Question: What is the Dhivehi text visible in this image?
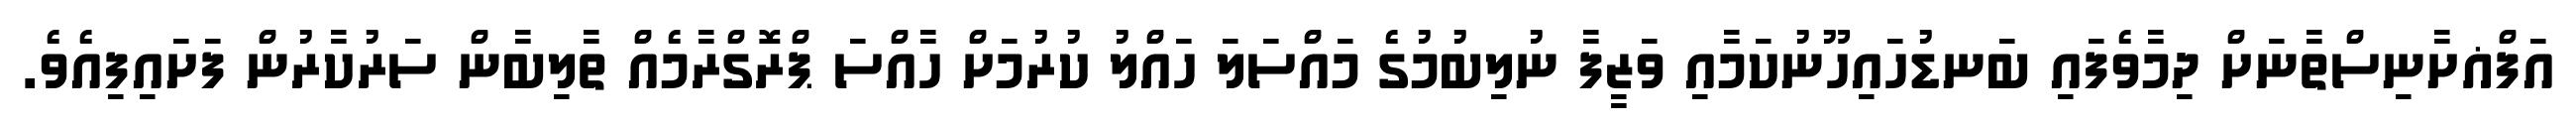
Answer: އަފްޣށާނިސްތާނަށް ދިމާވެފައި ބަނޑުހައިހޫނުކަމާއި ވަޒީފާ ނުލިބުމުގެ މައްސަލަ ހައްލު ކުރުމަށް ހާއްސަ ޕްރޮގްރާމެއް ތާލިބާން ސަރުކާރުން ފަށައިފިއެވެ.